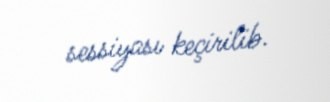
sessiyası keçirilib.